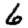
Digit: 6